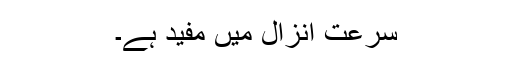
سُرعتِ انزال میں مفید ہے۔